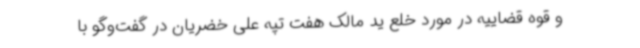
و قوه قضاییه در مورد خلع ید مالک هفت تپه علی خضریان در گفت‌وگو با